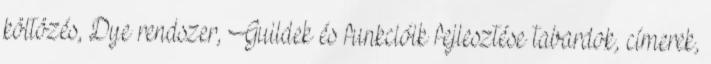
költözés, Dye rendszer, Guildek és funkcióik fejlesztése tabardok, címerek,